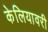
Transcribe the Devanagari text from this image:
केलियावरी